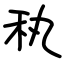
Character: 秇